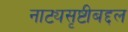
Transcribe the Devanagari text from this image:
नाट्यसृष्टीबद्दल